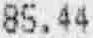
85.44